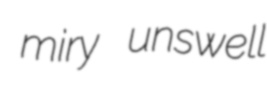
miry unswell